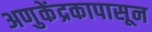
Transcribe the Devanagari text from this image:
अणुकेंद्रकापासून